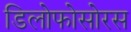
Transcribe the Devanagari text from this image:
डिलोफोसोरस